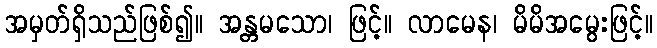
အမှတ်ရှိသည်ဖြစ်၍။ အန္တမသော၊ ဖြင့်။ လာမေန၊ မိမိအမွေးဖြင့်။